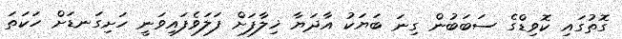
ގޮތުގައި ކޮވިޑްގެ ސަބަބުން ގިނަ ބަޔަކު އާދަޔާ ޚިލާފަށް ފަލަވެފައިވަނީ ހަށިގަނޑަށް ހަކަތަ